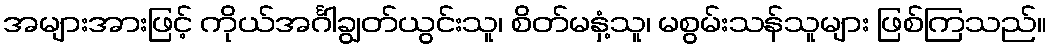
အများအားဖြင့် ကိုယ်အင်္ဂါချွတ်ယွင်းသူ၊ စိတ်မနှံ့သူ၊ မစွမ်းသန်သူများ ဖြစ်ကြသည်။